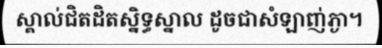
ស្គាល់ជិតដិតស្និទ្ធស្នាល ដូចជាសំឡាញ់ភ្ងា។